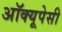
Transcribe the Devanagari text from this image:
अॉक्यूपेसी